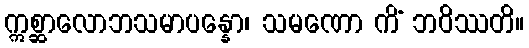
ဣစ္ဆာလောဘသမာပန္နော၊ သမဏော ကိံ ဘဝိဿတိ။